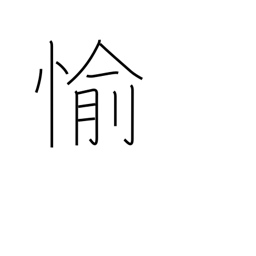
Meaning: happy